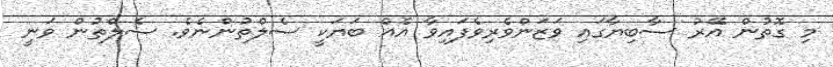
މި ގޮތުން އޭރު ސާބިޔާގައި ވަޒަންވެރިވެފައިވާ އެއް ބަޔަކީ ސެލްތުންނެވެ. ސެލްތުން ވަނީ